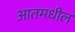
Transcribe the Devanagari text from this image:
आतमधील